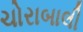
ચોરાબાલી